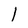
Character: 1